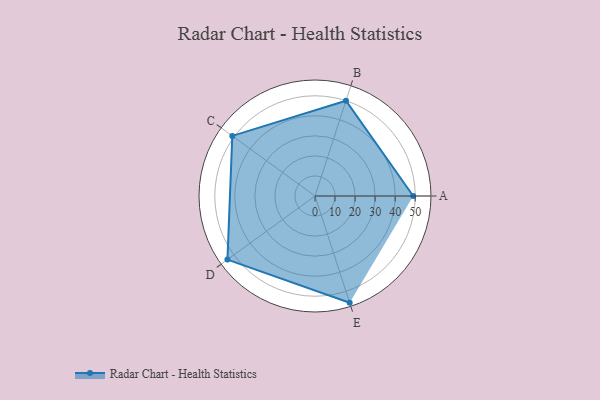
{"axis": {"x": "Skill", "y": "Score"}, "legend": ["Profile"], "data": [{"x": "A", "y": 49.0, "type": "Profile"}, {"x": "B", "y": 50.0, "type": "Profile"}, {"x": "C", "y": 51.0, "type": "Profile"}, {"x": "D", "y": 54.0, "type": "Profile"}, {"x": "E", "y": 56.0, "type": "Profile"}]}